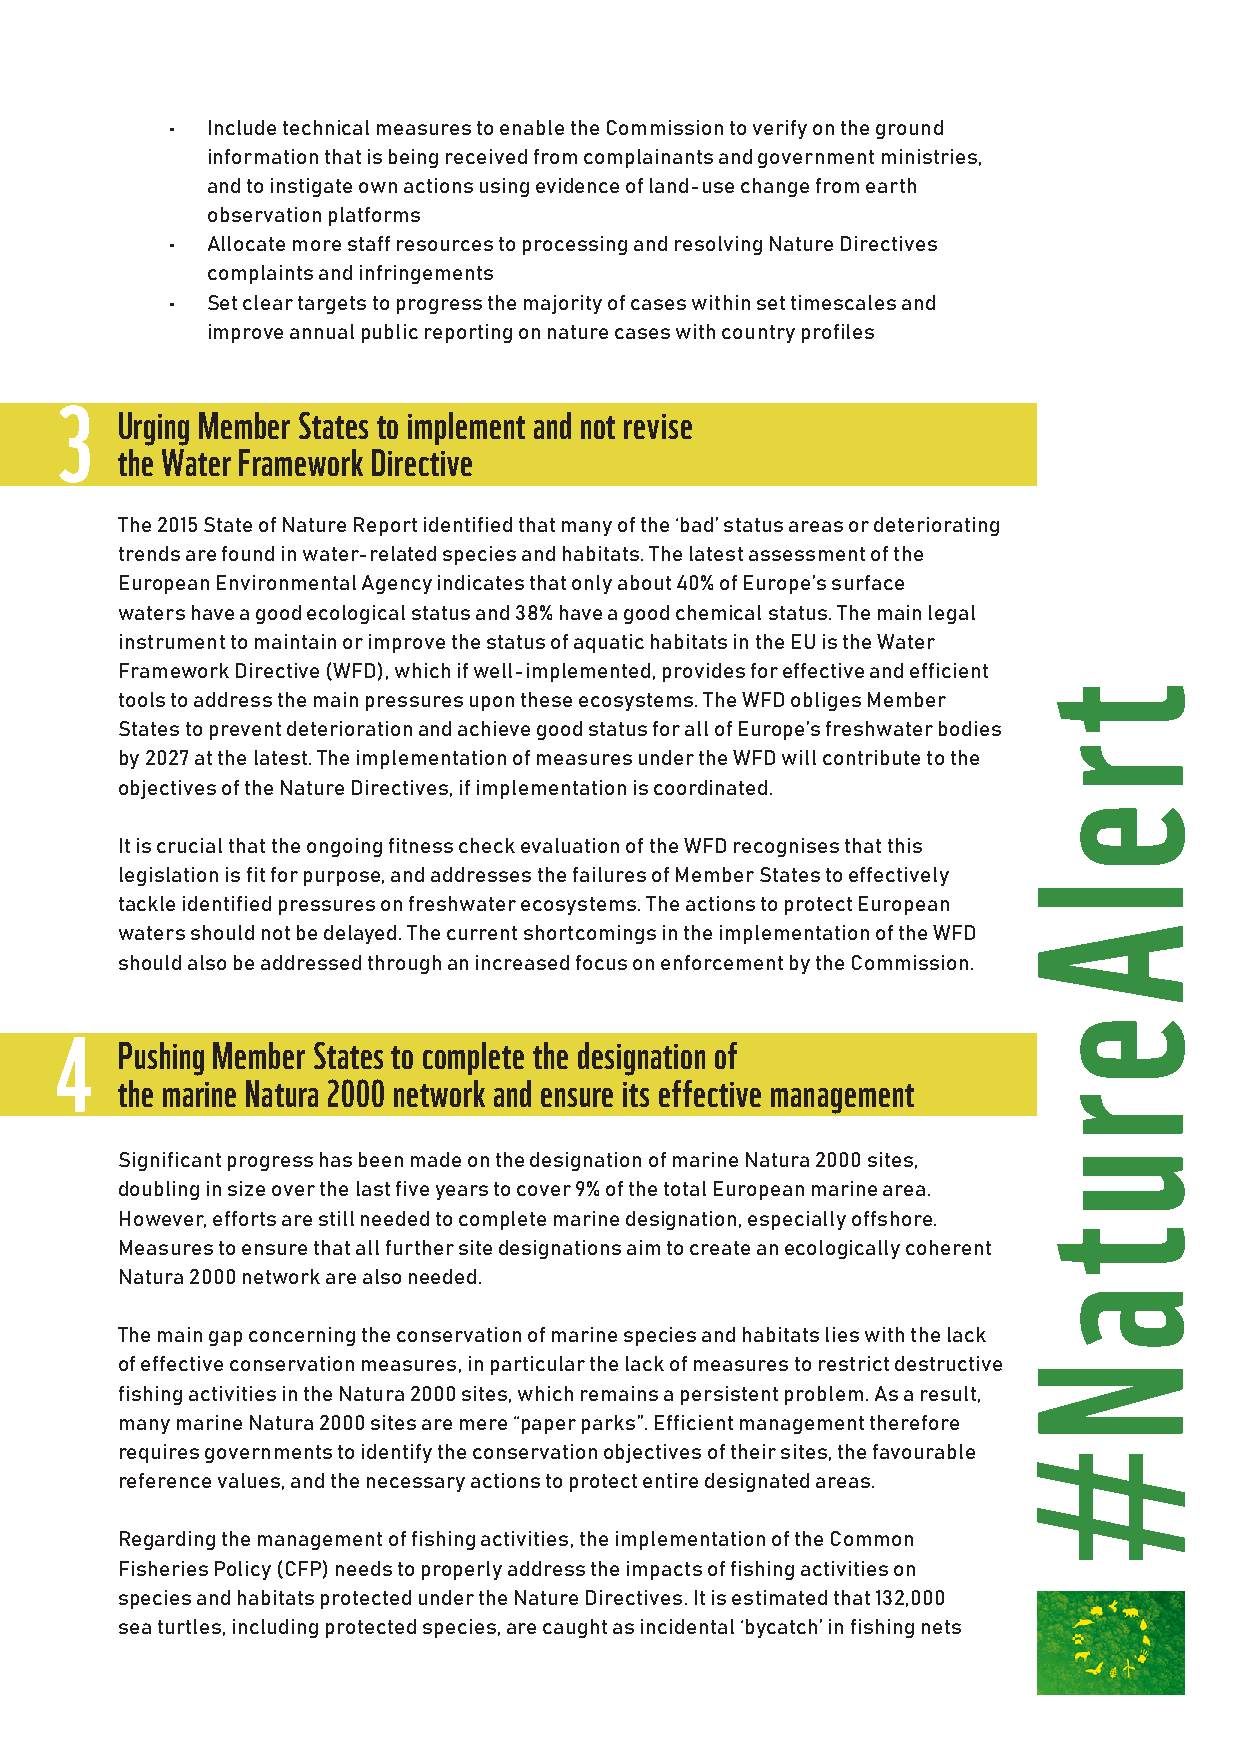
•  Include technical measures to enable the Commission to verify on the ground
 information that is being received from complainants and government ministries,
 and to instigate own actions using evidence of land-use change from earth
 observation platforms
 •  Allocate more staff resources to processing and resolving Nature Directives
 complaints and infringements
 •  Set clear targets to progress the majority of cases within set timescales and
 improve annual public reporting on nature cases with country profiles
 3
 Urging Member States to implement and not revise
 the Water Framework Directive
 The 2015 State of Nature Report identified that many of the ‘bad’ status areas or deteriorating
 trends are found in water-related species and habitats. The latest assessment of the
 European Environmental Agency indicates that only about 40% of Europe’s surface
 waters have a good ecological status and 38% have a good chemical status. The main legal
 instrument to maintain or improve the status of aquatic habitats in the EU is the Water
 Framework Directive (WFD), which if well-implemented, provides for effective and efficient
 tools to address the main pressures upon these ecosystems. The WFD obliges Member
 States to prevent deterioration and achieve good status for all of Europe’s freshwater bodies
 by 2027 at the latest. The implementation of measures under the WFD will contribute to the
 objectives of the Nature Directives, if implementation is coordinated.
 It is crucial that the ongoing fitness check evaluation of the WFD recognises that this
 legislation is fit for purpose, and addresses the failures of Member States to effectively
 tackle identified pressures on freshwater ecosystems. The actions to protect European
 waters should not be delayed. The current shortcomings in the implementation of the WFD
 should also be addressed through an increased focus on enforcement by the Commission.
 4
 Pushing Member States to complete the designation of
 the marine Natura 2000 network and ensure its effective management
 Significant progress has been made on the designation of marine Natura 2000 sites,
 doubling in size over the last five years to cover 9% of the total European marine area.
 However, efforts are still needed to complete marine designation, especially offshore.
 Measures to ensure that all further site designations aim to create an ecologically coherent
 Natura 2000 network are also needed.
 The main gap concerning the conservation of marine species and habitats lies with the lack
 of effective conservation measures, in particular the lack of measures to restrict destructive
 fishing activities in the Natura 2000 sites, which remains a persistent problem. As a result,
 many marine Natura 2000 sites are mere “paper parks”. Efficient management therefore
 requires governments to identify the conservation objectives of their sites, the favourable
 reference values, and the necessary actions to protect entire designated areas.
 Regarding the management of fishing activities, the implementation of the Common
 Fisheries Policy (CFP) needs to properly address the impacts of fishing activities on
 species and habitats protected under the Nature Directives. It is estimated that 132,000
 sea turtles, including protected species, are caught as incidental ‘bycatch’ in fishing nets
 t
 r
 e
 l
 A
 e
 r
 u
 t
 a
 N
 #
 t
 r
 e
 l
 A
 e
 r
 u
 t
 a
 N
 #